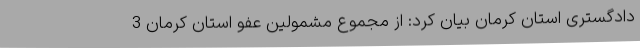
دادگستری استان کرمان بیان کرد: از مجموع مشمولین عفو استان کرمان 3